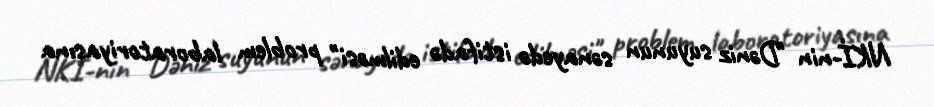
NKİ-nin "Dəniz suyunun sənayedə istifadə edilməsi" problem laboratoriyasına